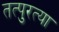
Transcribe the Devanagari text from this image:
तत्पुरत्या